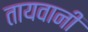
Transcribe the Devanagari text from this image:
तायवानी